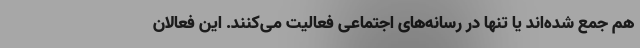
هم جمع شده‌اند یا تنها در رسانه‌های اجتماعی فعالیت می‌کنند. این فعالان